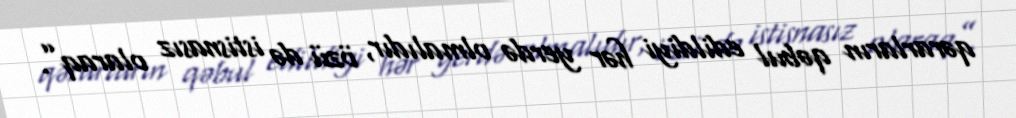
qərarların qəbul edildiyi hər yerdə olmalıdır, özü də istisnasız olaraq”.